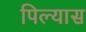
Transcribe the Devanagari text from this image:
पिल्यास